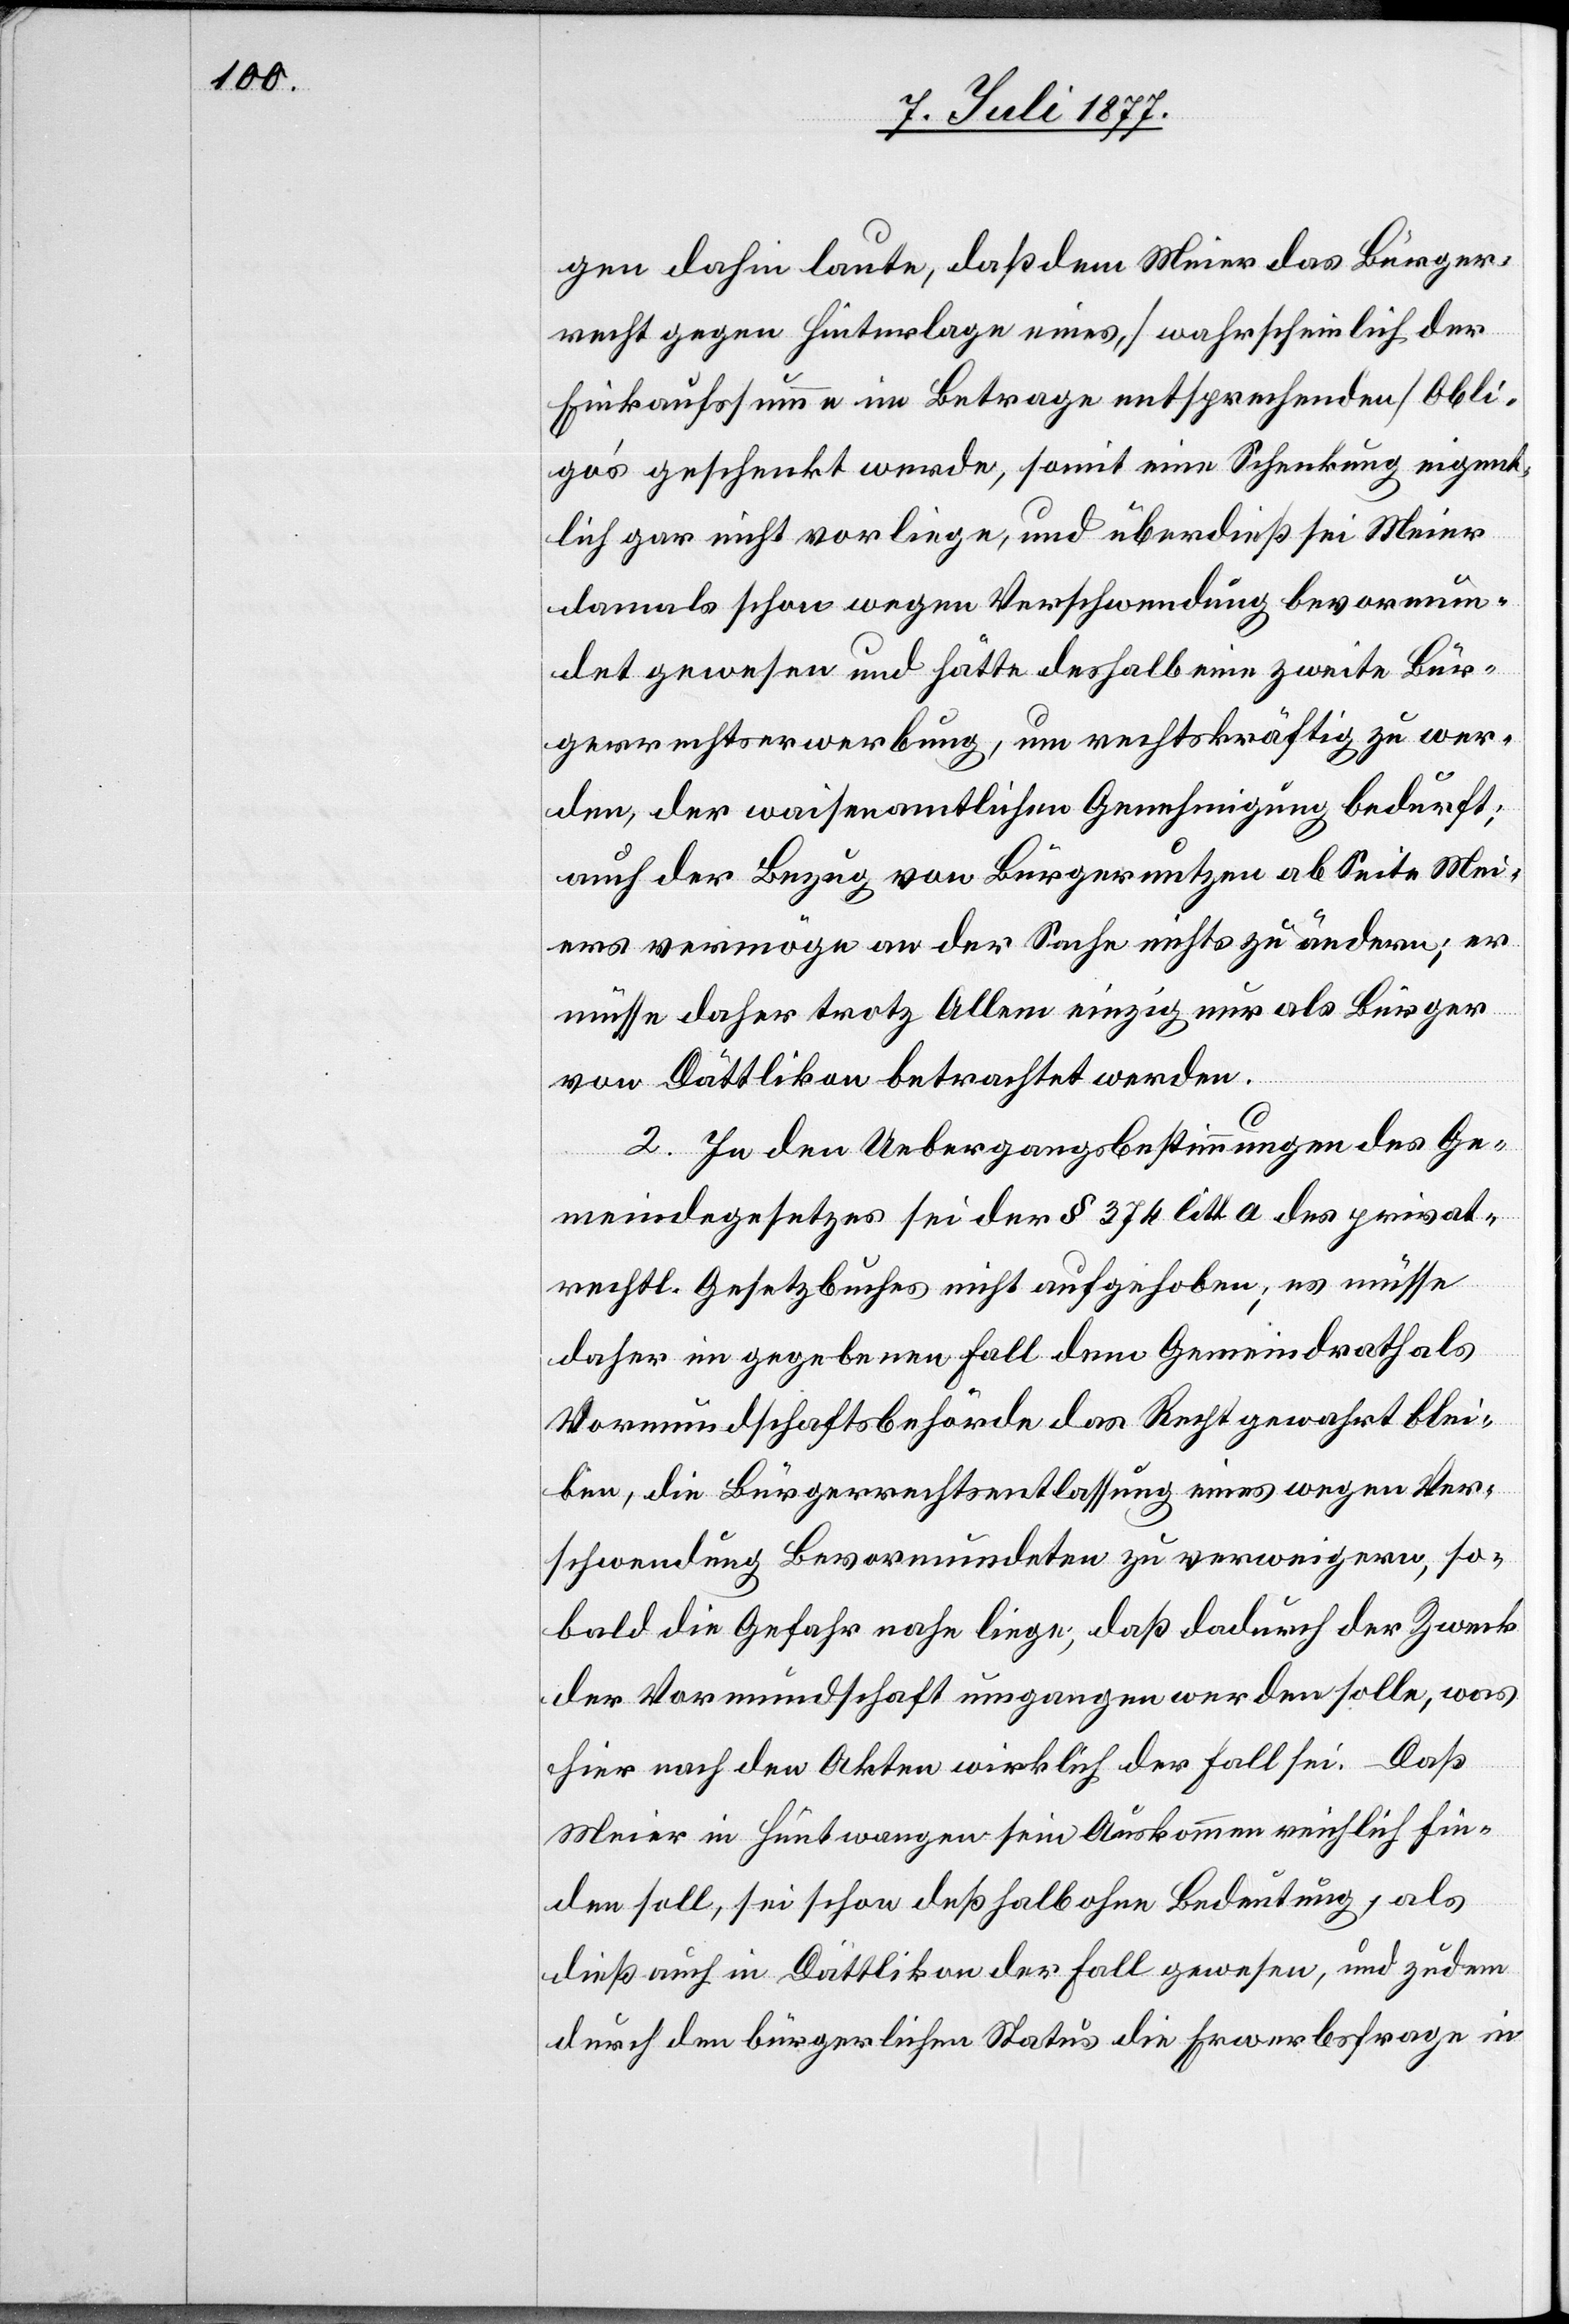
gen dahin laute, daß dem Meier das Bürger¬
recht gegen Hinterlage eines, [wahrscheinlich der
Einkaufssumme im Betrage entsprechenden] Obli¬
go’s geschenkt werde, somit eine Schenkung eigent¬
lich gar nicht vorliege, und überdieß sei Meier
damals schon wegen Verschwendung bevormun¬
det gewesen und hätte deshalb eine zweite Bür¬
gerrechtserwerbung, um rechtskräftig zu wer¬
den, der waisenamtlichen Genehmigung bedurft;
auch der Bezug von Bürgernutzen ab Seite Mei¬
ers vermöge an der Sache nichts zu ändern; er
müsse daher trotz Allem einzig nur als Bürger
von Dättlikon betrachtet werden.
2. In den Uebergangsbestimmungen des Ge¬
meindegesetzes sei der § 374 litt. a des privat¬
rechtl. Gesetzbuches nicht aufgehoben; es müsse
daher im gegebenen Fall dem Gemeindrath als
Vormundschaftsbehörde das Recht gewahrt blei¬
ben, die Bürgerrechtsentlassung eines wegen Ver¬
schwendung Bevormundeten zu verweigern, so¬
bald die Gefahr nahe liege, daß dadurch der Zweck
der Vormundschaft umgangen werden solle, was
hier nach den Akten wirklich der Fall sei. Daß
Meier in Hüntwangen sein Auskommen reichlich fin¬
den soll, sei schon deßhalb ohne Bedeutung, als
dieß auch in Dättlikon der Fall gewesen, und zudem
durch den bürgerlichen Status die Erwerbsfrage in